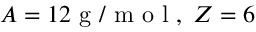
A = 1 2 { \mathrm { ~ g ~ / ~ m ~ o ~ l ~ } } , \; Z = 6